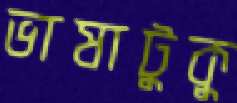
ভাষাটুকু